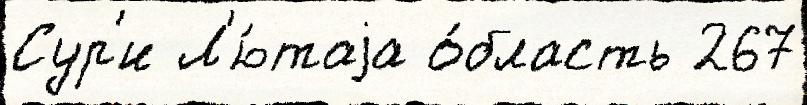
Сур'и Л'ю́таjа о́бласть 267